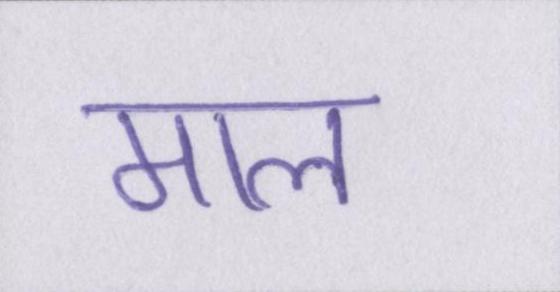
माल